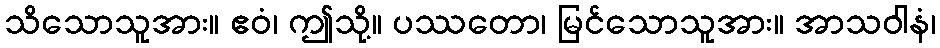
သိသောသူအား။ ဧဝံ၊ ဤသို့။ ပဿတော၊ မြင်သောသူအား။ အာသဝါနံ၊